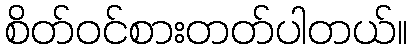
စိတ်ဝင်စားတတ်ပါတယ်။